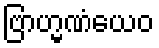
ဗြာဟ္မဏံယေဝ